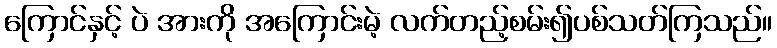
ကြောင်နှင့် ပဲ အားကို အကြောင်းမဲ့ လက်တည့်စမ်း၍ပစ်သတ်ကြသည်။